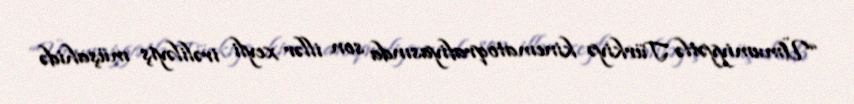
“Ümumiyyətlə Türkiyə kinematoqrafiyasında son illər xeyli irəliləyiş müşahidə